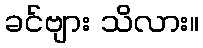
ခင်ဗျား သိလား။